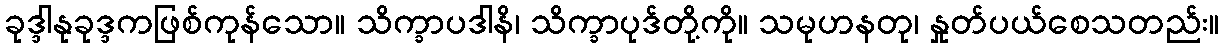
ခုဒ္ဒါနုခုဒ္ဒကဖြစ်ကုန်သော။ သိက္ခာပဒါနိ၊ သိက္ခာပုဒ်တို့ကို။ သမုဟနတု၊ နှုတ်ပယ်စေသတည်း။